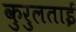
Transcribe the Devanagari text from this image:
कुरुलताई